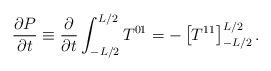
LaTeX: \begin{align*}{\partial P\over\partial t} \equiv{\partial\over\partial t}\int_{-L/2}^{L/2} T^{01} =-\left[T^{11}\right]_{-L/2}^{L/2}.\end{align*}